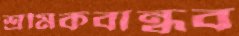
শ্রমিকবান্ধব